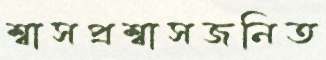
শ্বাসপ্রশ্বাসজনিত